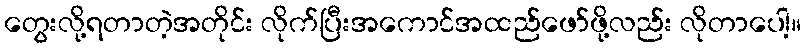
တွေးလို့ရတာတဲ့အတိုင်း လိုက်ပြီးအကောင်အထည်ဖော်ဖို့လည်း လိုတာပေါ့။